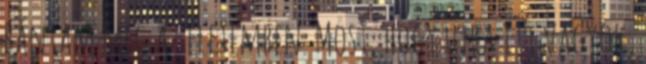
bántam meg az életemben. Most, hogy újra itt vagyok,